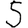
Digit: 5